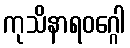
ကုသိနာရဝဂ္ဂေါ